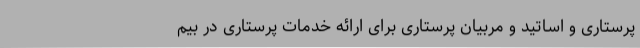
پرستاری و اساتید و مربیان پرستاری برای ارائه خدمات پرستاری در بیم